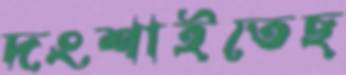
দংশাইতেছ